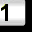
Digit: 1